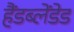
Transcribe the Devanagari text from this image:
हैंडब्लेंडेड